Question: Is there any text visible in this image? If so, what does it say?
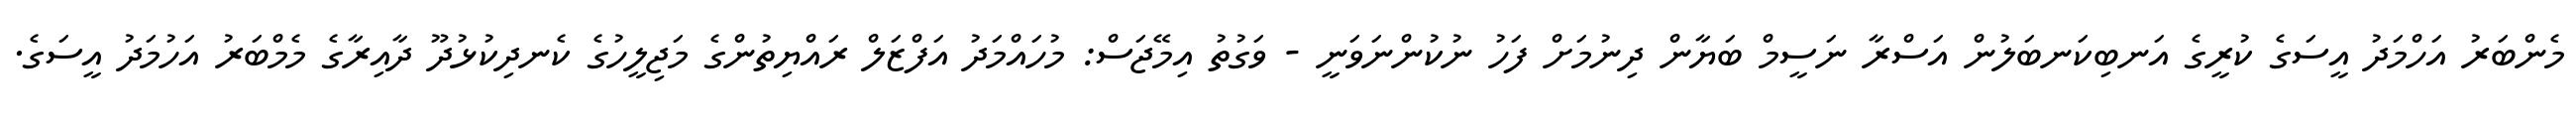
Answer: މެންބަރު އަހްމަދު އީސަގެ ކުރީގެ އަނބިކަނބަލުން އަސްރާ ނަސީމް ބަޔާން ދިނުމަށް ފަހު ނުކުންނަވަނީ - ވަގުތު އިމޭޖަސް: މުހައްމަދު އަފްޒަލް ރައްޔިތުންގެ މަޖިލީހުގެ ކެނދިކުޅުދޫ ދާއިރާގެ މެމްބަރު އަހުމަދު އީސަގެ.